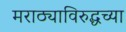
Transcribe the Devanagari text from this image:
मराठ्याविरुद्धच्या